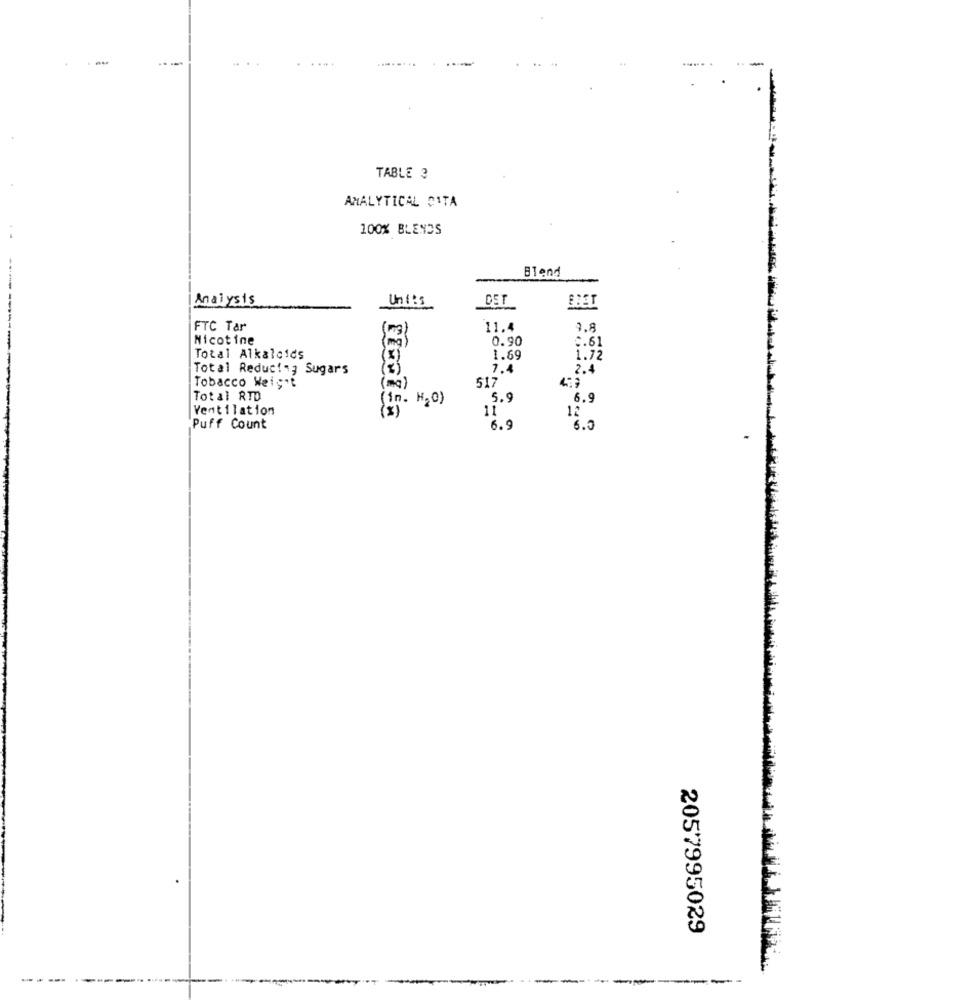
-
...
....
.....
TABLE 3
ANALYTICAL CITA
100% BLENDS
Bland
Analysis
DET
Units
BBET
FTC Tar
11.4
9.8
Nicotine
0.90
C.61
Total Alkaloids
1.69
1.72
Total Reducing Sugars
7.4
2.4
Tobacco Weight
517
( mg)
Total RTD
(in. H20)
5.9
6.9
Ventilation
11
12
Puff Count
6.9
6.0
2057995029
---
--